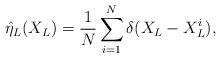
LaTeX: \begin{align*}\hat{\eta}_{L}(X_{L})=\frac{1}{N}\sum^{N}_{i=1}\delta(X_{L}-X_{L}^{i}),\end{align*}